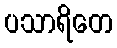
ပသာရိတေ